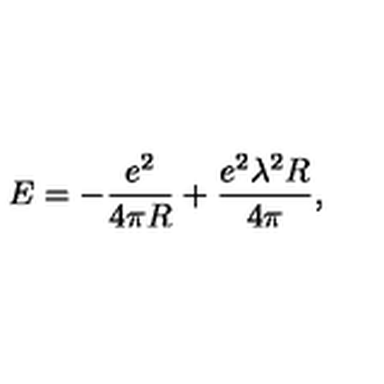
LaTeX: E = - \frac { e ^ { 2 } } { 4 \pi R } + \frac { e ^ { 2 } \lambda ^ { 2 } R } { 4 \pi } ,